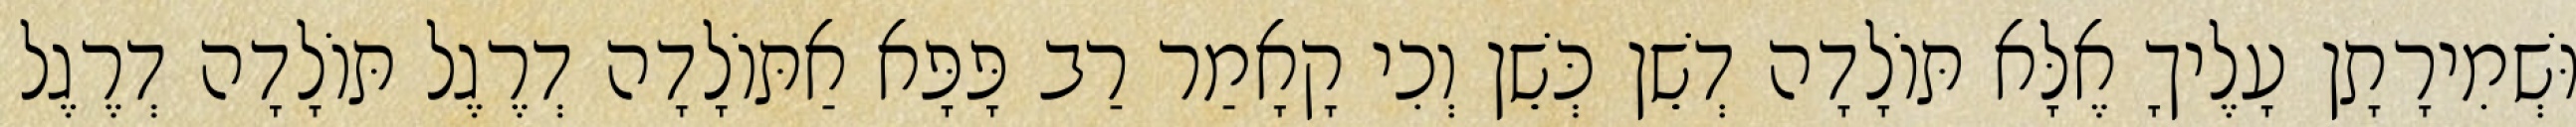
וּשְׁמִירָתָן עָלֶיךָ אֶלָּא תּוֹלָדָה דְשֵׁן כְּשֵׁן וְכִי קָאָמַר רַב פָּפָּא אַתּוֹלָדָה דְרֶגֶל תּוֹלָדָה דְרֶגֶל